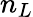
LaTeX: n_{L}